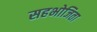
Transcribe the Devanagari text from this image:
सहभोजिता